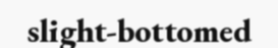
slight-bottomed